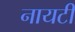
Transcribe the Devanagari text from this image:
नायटी